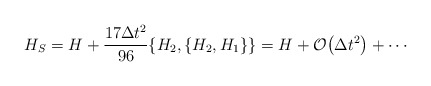
\begin{align*} H_S = H + \frac{17\Delta t^2}{96}\{H_2,\{H_2,H_1\}\}=H+\mathcal{O}\big({\Delta t^2}\big)+\cdots\end{align*}